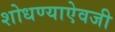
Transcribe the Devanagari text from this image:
शोधण्याऐवजी